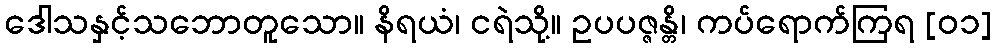
ဒေါသနှင့်သဘောတူသော။ နိရယံ၊ ငရဲသို့။ ဥပပဇ္ဇန္တိ၊ ကပ်ရောက်ကြရ [၀၁]